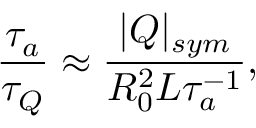
\frac { \tau _ { a } } { \tau _ { Q } } \approx \frac { | Q | _ { s y m } } { R _ { 0 } ^ { 2 } L \tau _ { a } ^ { - 1 } } ,